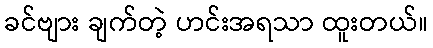
ခင်ဗျား ချက်တဲ့ ဟင်းအရသာ ထူးတယ်။